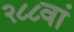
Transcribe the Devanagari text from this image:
२८८वां